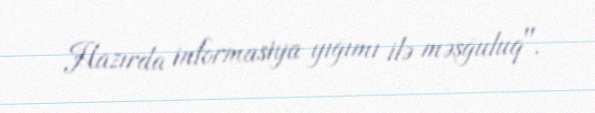
Hazırda informasiya yığımı ilə məşğuluq".